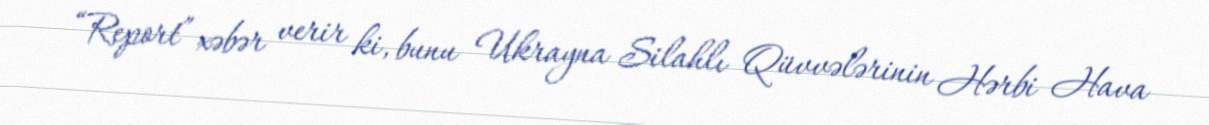
“Report” xəbər verir ki, bunu Ukrayna Silahlı Qüvvələrinin Hərbi Hava